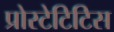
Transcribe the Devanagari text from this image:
प्रोस्टेटिटिस